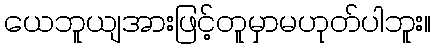
ယေဘူယျအားဖြင့်တူမှာမဟုတ်ပါဘူး။